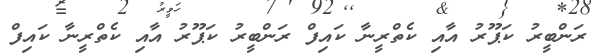
ރަންބީރު ކަޕޫރު އާއި ކެތްރީނާ ކައިފް ރަންބީރު ކަޕޫރު އާއި ކެތްރީނާ ކައިފް